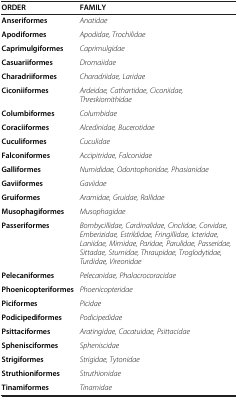
<table><thead><tr><td><b>ORDER</b></td><td><b>FAMILY</b></td></tr></thead><tbody><tr><td><b>Anseriformes</b></td><td><i>Anatidae</i></td></tr><tr><td><b>Apodiformes</b></td><td><i>Apodidae, Trochilidae</i></td></tr><tr><td><b>Caprimulgiformes</b></td><td><i>Caprimulgidae</i></td></tr><tr><td><b>Casuariiformes</b></td><td><i>Dromaiidae</i></td></tr><tr><td><b>Charadriiformes</b></td><td><i>Charadriidae, Laridae</i></td></tr><tr><td><b>Ciconiiformes</b></td><td><i>Ardeidae, Cathartidae, Ciconiidae, Threskiornithidae</i></td></tr><tr><td><b>Columbiformes</b></td><td><i>Columbidae</i></td></tr><tr><td><b>Coraciiformes</b></td><td><i>Alcedinidae, Bucerotidae</i></td></tr><tr><td><b>Cuculiformes</b></td><td><i>Cuculidae</i></td></tr><tr><td><b>Falconiformes</b></td><td><i>Accipitridae, Falconidae</i></td></tr><tr><td><b>Galliformes</b></td><td><i>Numididae, Odontophoridae, Phasianidae</i></td></tr><tr><td><b>Gaviiformes</b></td><td><i>Gaviidae</i></td></tr><tr><td><b>Gruiformes</b></td><td><i>Aramidae, Gruidae, Rallidae</i></td></tr><tr><td><b>Musophagiformes</b></td><td><i>Musophagidae</i></td></tr><tr><td><b>Passeriformes</b></td><td><i>Bombycillidae, Cardinalidae, Cinclidae, Corvidae, Emberizidae, Estrildidae, Fringillidae, Icteridae, Laniidae, Mimidae, Paridae, Parulidae, Passeridae, Sittadae, Sturnidae, Thraupidae, Troglodytidae, Turdidae, Vireonidae</i></td></tr><tr><td><b>Pelecaniformes</b></td><td><i>Pelecanidae, Phalacrocoracidae</i></td></tr><tr><td><b>Phoenicopteriformes</b></td><td><i>Phoenicopteridae</i></td></tr><tr><td><b>Piciformes</b></td><td><i>Picidae</i></td></tr><tr><td><b>Podicipediformes</b></td><td><i>Podicipedidae</i></td></tr><tr><td><b>Psittaciformes</b></td><td><i>Aratingidae, Cacatuidae, Psittacidae</i></td></tr><tr><td><b>Sphenisciformes</b></td><td><i>Spheniscidae</i></td></tr><tr><td><b>Strigiformes</b></td><td><i>Strigidae, Tytonidae</i></td></tr><tr><td><b>Struthioniformes</b></td><td><i>Struthionidae</i></td></tr><tr><td><b>Tinamiformes</b></td><td><i>Tinamidae</i></td></tr></tbody></table>